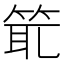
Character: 𥭙